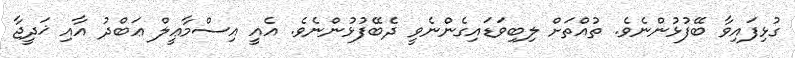
ގުޅިފައިވާ ބޭފުޅުންނެވެ. ތުއްތަށް ލިބިވަޑައިގެންނެވީ ދެބޭފުޅުންނެވެ. އެއީ އިސްމާޢީލް ޢަބްދު އާއި ޚަދީޖާ